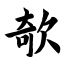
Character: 欹